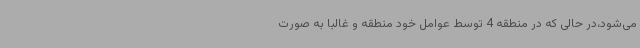
می‌شود،در حالی که در منطقه 4 توسط عوامل خود منطقه و غالبا به ‌صورت